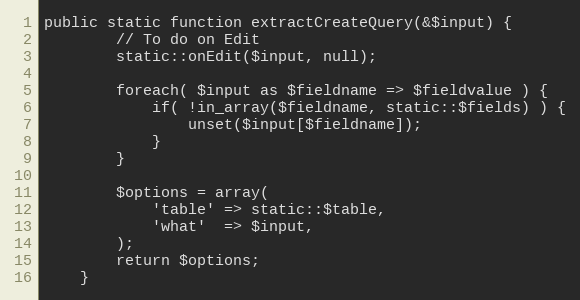
Language: PHP
public static function extractCreateQuery(&$input) {
		// To do on Edit
		static::onEdit($input, null);

		foreach( $input as $fieldname => $fieldvalue ) {
			if( !in_array($fieldname, static::$fields) ) {
				unset($input[$fieldname]);
			}
		}

		$options = array(
			'table' => static::$table,
			'what'  => $input,
		);
		return $options;
	}